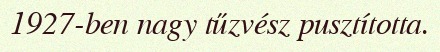
1927-ben nagy tűzvész pusztította.